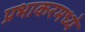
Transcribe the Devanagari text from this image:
प्रभाकरमध्ये